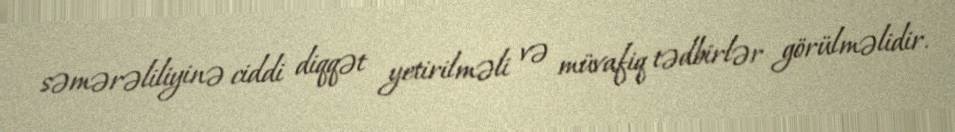
səmərəliliyinə ciddi diqqət yetirilməli və müvafiq tədbirlər görülməlidir.